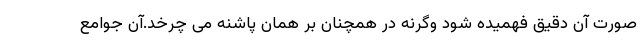
صورت آن دقیق فهمیده شود وگرنه در همچنان بر همان پاشنه می چرخد.آن جوامع